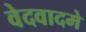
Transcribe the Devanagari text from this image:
वेदवादमे